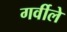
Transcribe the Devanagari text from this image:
गर्वीले